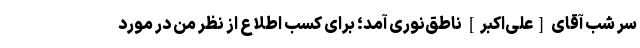
سر شب آقای [علی‌اکبر] ناطق‌نوری آمد؛ برای کسب اطلاع از نظر من در مورد